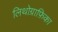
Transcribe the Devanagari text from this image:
लिथोग्राफ़िका